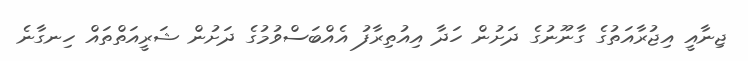
ޖިނާއީ އިޖުރާއަތުގެ ގާނޫނުގެ ދަށުން ހަދާ އިއުތިރާފު އެއްބަސްވުމުގެ ދަށުން ޝަރީއަތްތައް ހިނގާނެ